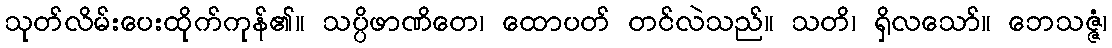
သုတ်လိမ်းပေးထိုက်ကုန်၏။ သပ္ပိဖာဏိတေ၊ ထောပတ် တင်လဲသည်။ သတိ၊ ရှိလသော်။ ဘေသဇ္ဇံ၊